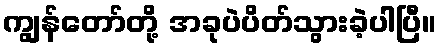
ကျွန်တော်တို့ အခုပဲပိတ်သွားခဲ့ပါပြီ။